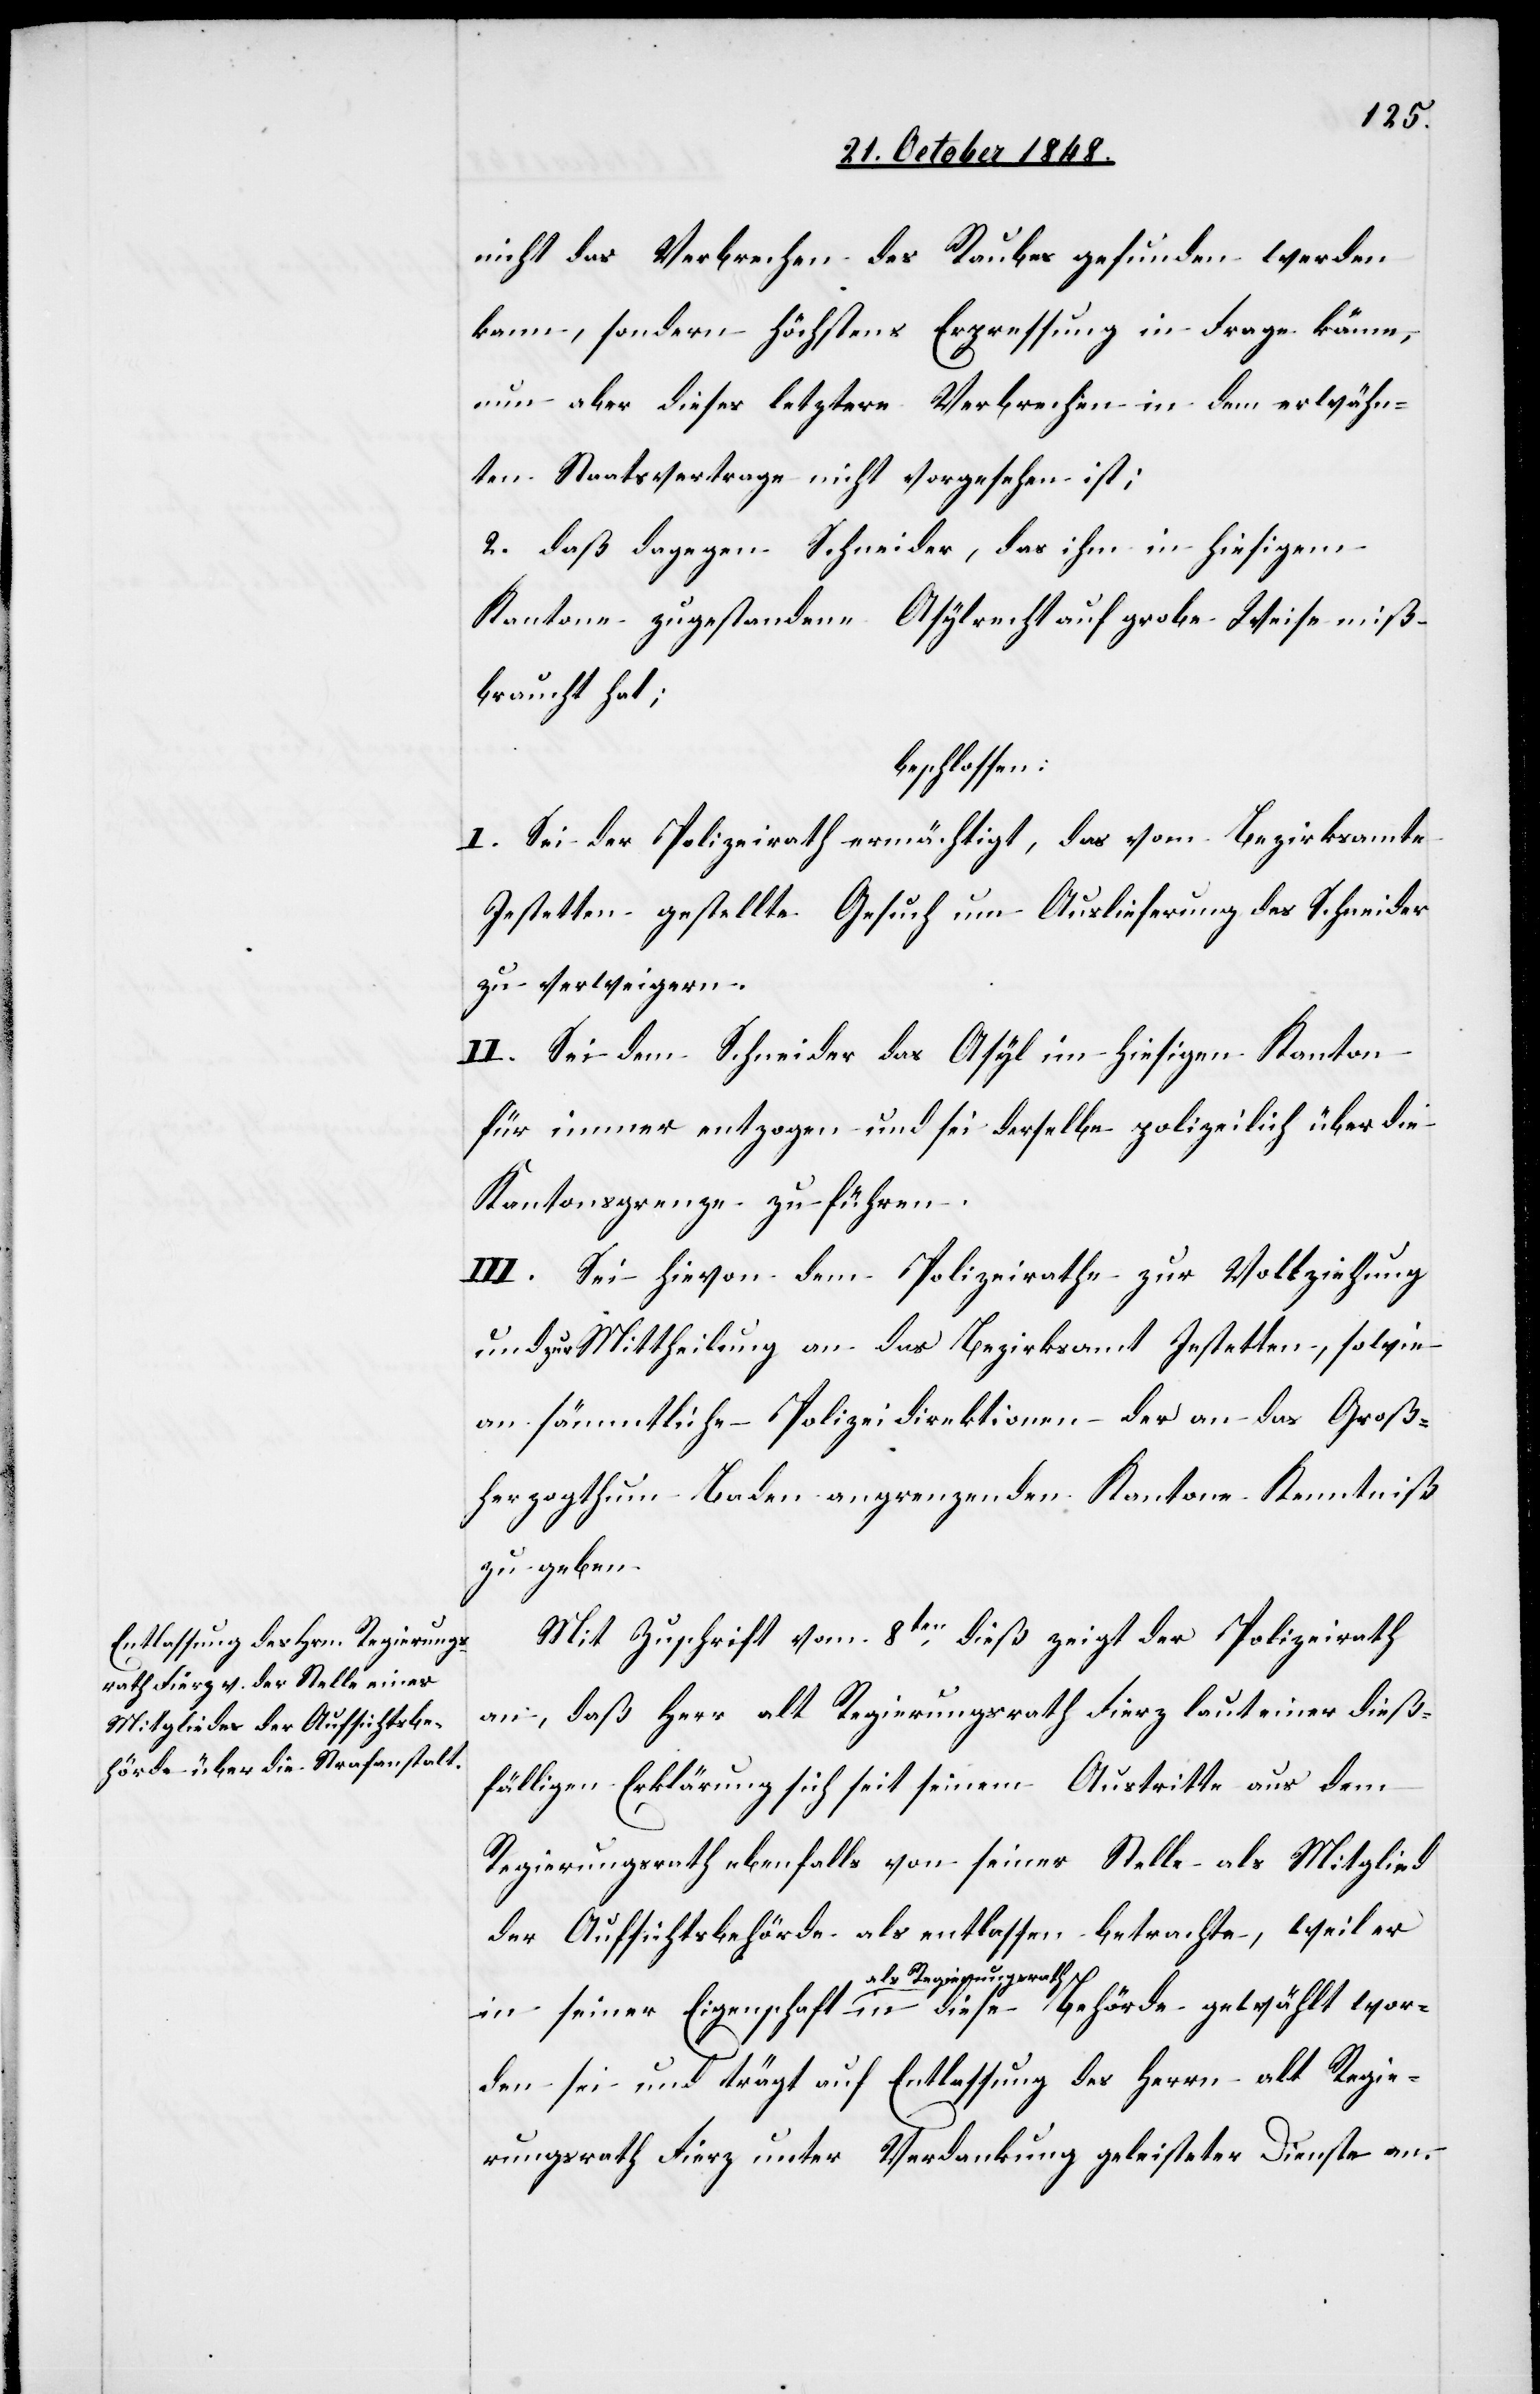
nicht das Verbrechen des Raubes gefunden werden
kann, sondern höchstens Erpressung in Frage käme,
nun aber dieses letztere Verbrechen in dem erwähn¬
ten Staatsvertrage nicht vorgesehen ist;
2. daß dagegen Schneider, das ihm in hiesigem
Kantone zugestandene Asylrecht auf grobe Weise miß¬
braucht hat;
beschlossen:
I. Sei der Polizeirath ermächtigt, das vom Bezirksamte
Jestetten gestellte Gesuch um Auslieferung des Schneider
zu verweigern.
II. Sei dem Schneider das Asyl im hiesigen Kanton
für immer entzogen und sei derselbe polizeilich über die
Kantonsgrenze zu führen.
III. Sei hievon dem Polizeirathe zur Vollziehung
und zur Mittheilung an das Bezirksamt Jestetten, sowie
an sämmtliche Polizeidirektionen – der an das Groß¬
herzogthum Baden angrenzenden Kantone Kenntniß
zu geben.
Mit Zuschrift vom 8ten dieß zeigt der Polizeirath
an, daß Herr alt Regierungsrath Fierz laut einer dieß¬
fälligen Erklärung sich seit seinem Austritte aus dem
Regierungsrath ebenfalls von seiner Stelle als Mitglied
der Aufsichtsbehörde als entlassen betrachte, weil er
in seiner Eigenschaft als Regierungsrath in diese Behörde gewählt wor¬
den sei und trägt auf Entlassung des Herrn alt Regie¬
rungsrath Fierz unter Verdankung geleisteter Dienste an.